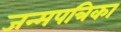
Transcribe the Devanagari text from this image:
जन्मपत्रिका